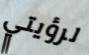
لرؤيتي